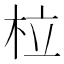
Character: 柆